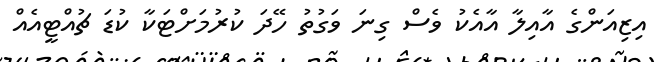
އިޒިއަންގެ އާއިލާ އާއެކު ވެސް ގިނަ ވަގުތު ހޭދަ ކުރުމަށްޓަކާ ކުޑަ ޗުއްޓީއެއް